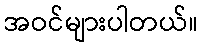
အဝင်များပါတယ်။